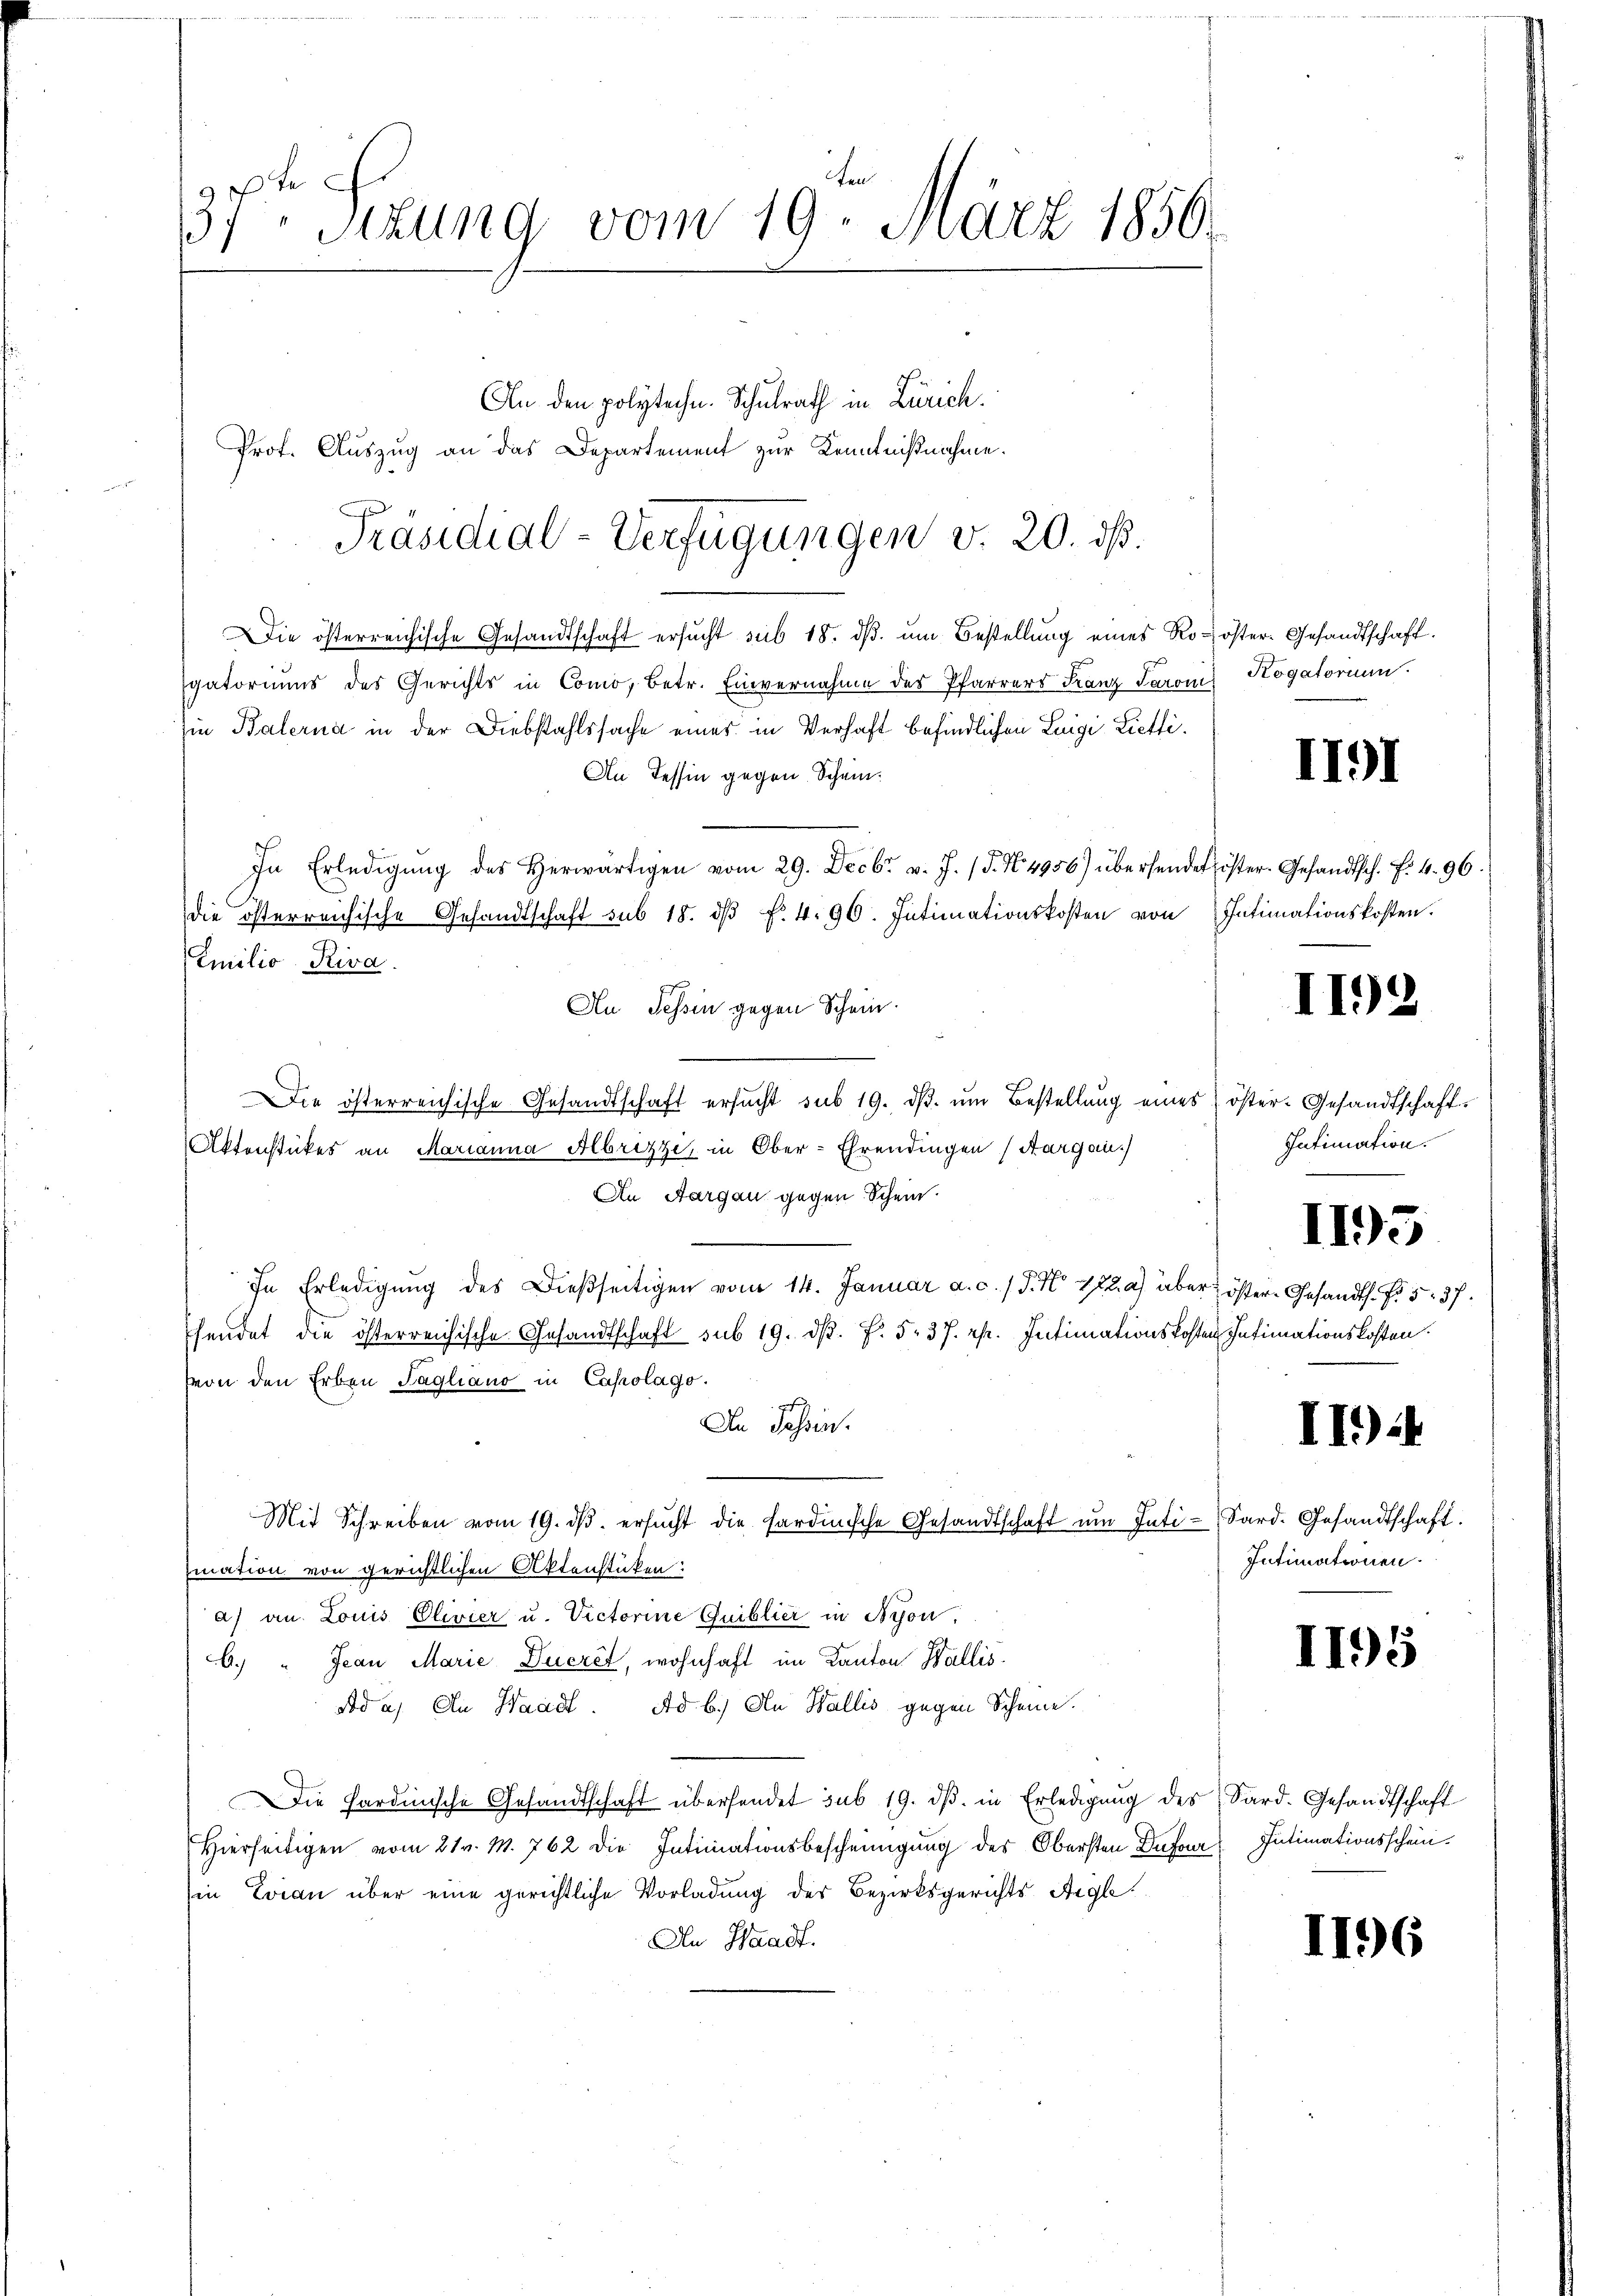
37ten Sezung vom 19. März 1850.
An den polytechn. Schulrath in Zürich.
Prof. Auszug an das Departement zur Kenntnißnahme.

Die österreichische Gesandtschaft ersŭcht sub 18. dβ ŭm Bestellung eines Ro- öster- Gesandtschaft.
gatoriums des Gerichts in Como, Betr. Einvernahme des Pfarrers Franz Jarom
hie Balerna in der Diebstahlssache eines in Verhaft befindlichen Luigi Lietli¬
An Tessin gegen Schein¬
In Erledigŭng des herwärtigen vom 29. Decbr. v. J. (T. N. 4956) übersendet öster Gesandtsch. f. 4. 96.
die österreichische Gesandtschaft sub 18. dβ fr. 4. 90. Intimationskosten von Intimationskosten.
Camilio Riva
Au Tessin gegen Schein
Die österreichische Gesandtschaft ersŭcht sub 19. dβ. ŭm Bestellŭng eines öster- Gesandtschaft.
Aktenstückes an Marianna Albrizzi, in Ober-Ehrendingen (Aargau)
An Aargau gegen Schein.
In Erledigung des Dießseitigen vom 14. Januar a. c. / 5. No 722a) über
hendet die österreichische Gesandtschaft sub 19. ds. f. 537. pp. Intimationskosten
von den Erben Tagliano in Capolago
n
An Tessin.
Mit Schreiben vom 19. dβ. ersŭcht die sardinische Gesandtschaft ŭm Inti-Sard. Gesandtschaft.
mation von gerichtlichen Aktenstücken:
a) an Louis Clivier u. Victorine Guiblier in Nyon,
6. " Jean Marie Ducret, wohnhaft im Kanton Wallis
ad a. An Waadt. Ad b.) An Wallis gegen Scheine.
Die Hardinische Gesandtschaft überhandet sub 19. dβ. in Erledigŭng des Sard. Gesandtschaft
Hierseitigen vom 21. M. 762 die Intimationsbescheinigung des Obersten Dufour Intimationsschein
(in Evian über eine gerichtliche Vorladung des Bezirksgerichts Aigle
An Waadt.

Präsidial-Verfügungen v. 20. ds.

Kogatorium.

II91

I192

Intimation.

1195

öster Gesandts. f. 537.
Intimationskosten.

II.)

Intimationen

1195

II96